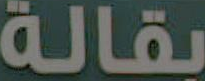
بقالة